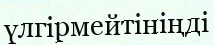
үлгірмейтініңді